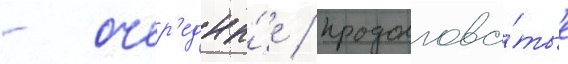
- очер'едны́е / продолгова́тые